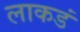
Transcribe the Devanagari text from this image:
लाकडं